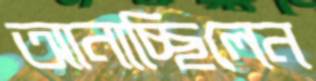
আনাচ্ছিলেন